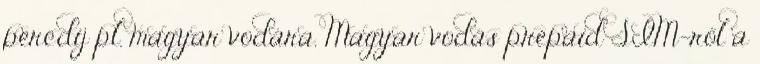
percdíj pl. magyar vodára. Magyar vodás prepaid SIM-ről a